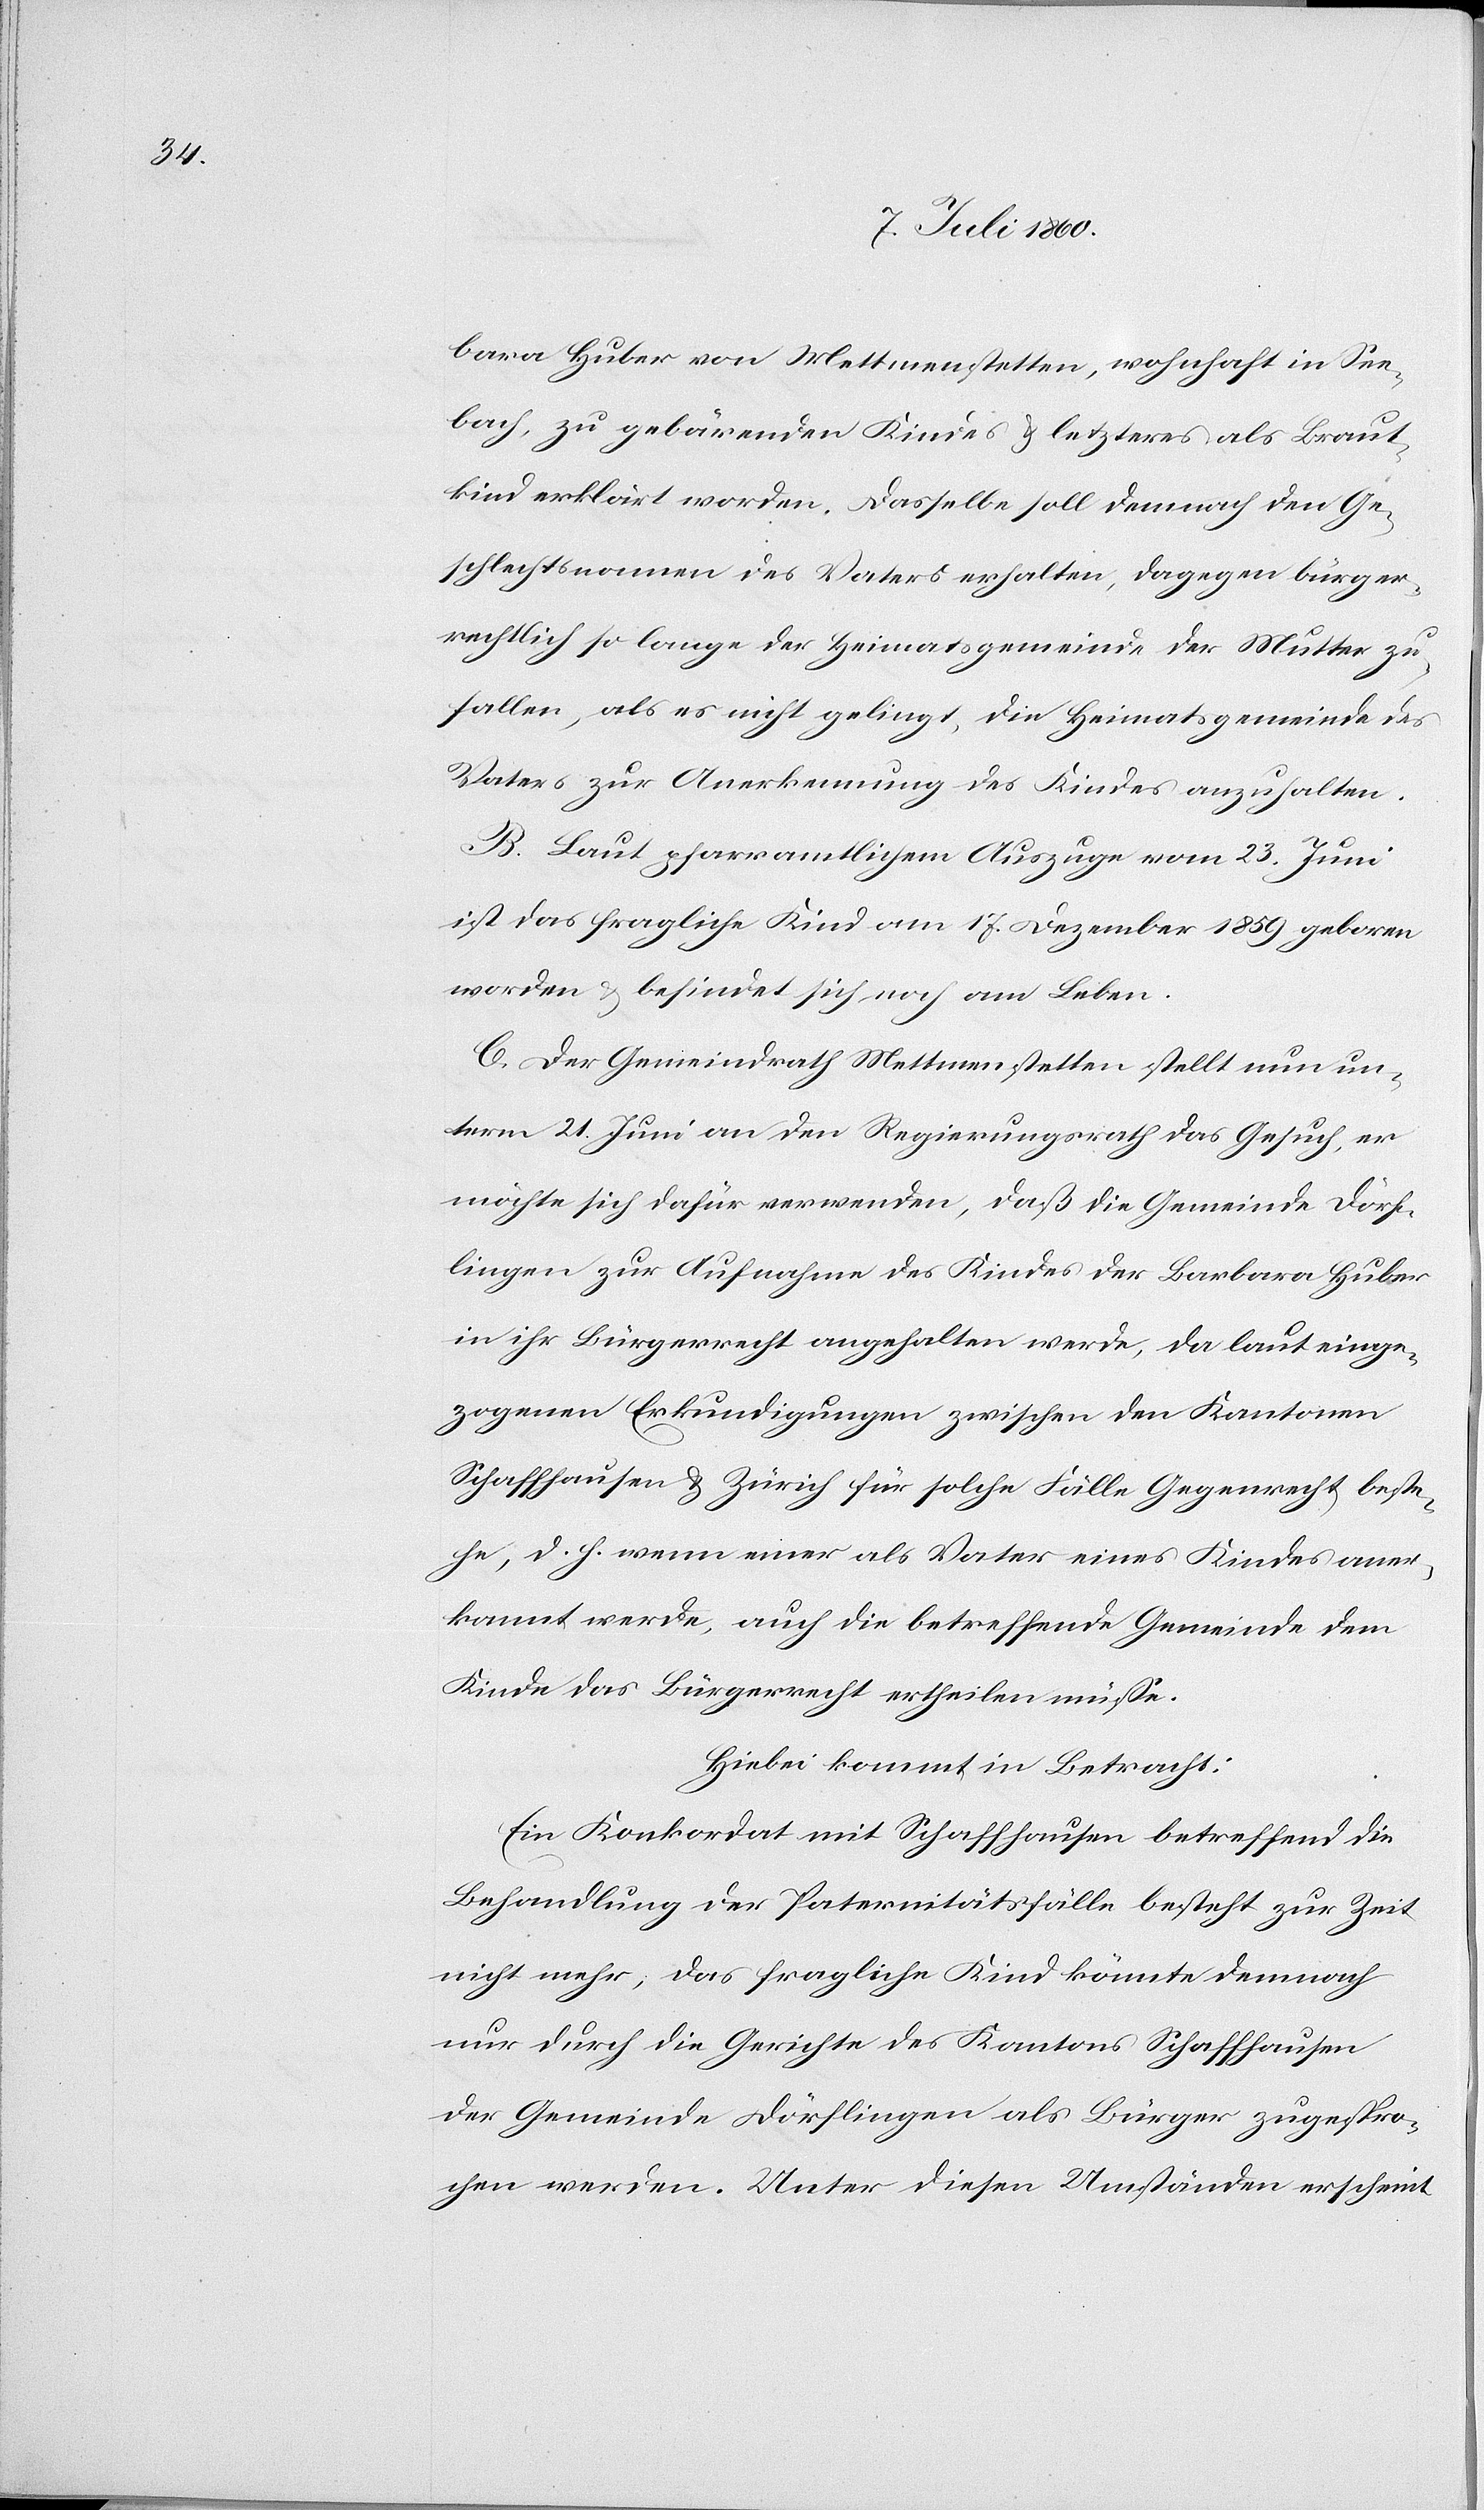
bara Huber von Mettmenstetten, wohnhaft in See¬
bach, zu gebärenden Kindes & letzteres als Braut¬
kind erklärt worden. Dasselbe soll demnach den Ge¬
schlechtsnamen des Vaters erhalten, dagegen bürger¬
rechtlich so lange der Heimatsgemeinde der Mutter zu¬
fallen, als es nicht gelingt, die Heimatsgemeinde des
Vaters zur Anerkennung des Kindes anzuhalten.
B. Laut pfarramtlichem Auszuge vom 23. Juni
ist das fragliche Kind am 17. Dezember 1859 geboren
worden & befindet sich noch am Leben.
C. Der Gemeindrath Mettmenstetten stellt nun un¬
term 21. Juni an den Regierungsrath das Gesuch, er
möchte sich dafür verwenden, daß die Gemeinde Dörf¬
lingen zur Aufnahme des Kindes der Barbara Huber
in ihr Bürgerrecht angehalten werde, da laut einge¬
zogenen Erkundigungen zwischen den Kantonen
Schaffhausen & Zürich für solche Fälle Gegenrecht beste¬
he, d. h. wenn einer als Vater eines Kindes aner¬
kannt werde, auch die betreffende Gemeinde dem
Kinde das Bürgerrecht ertheilen müsse.
Hiebei kommt in Betracht:
Ein Konkordat mit Schaffhausen betreffend die
Behandlung der Paternitätsfälle besteht zur Zeit
nicht mehr; das fragliche Kind könnte demnach
nur durch die Gerichte des Kantons Schaffhausen
der Gemeinde Dörflingen als Bürger zugespro¬
chen werden. Unter diesen Umständen erscheint